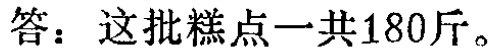
答：这批糕点一共180斤。